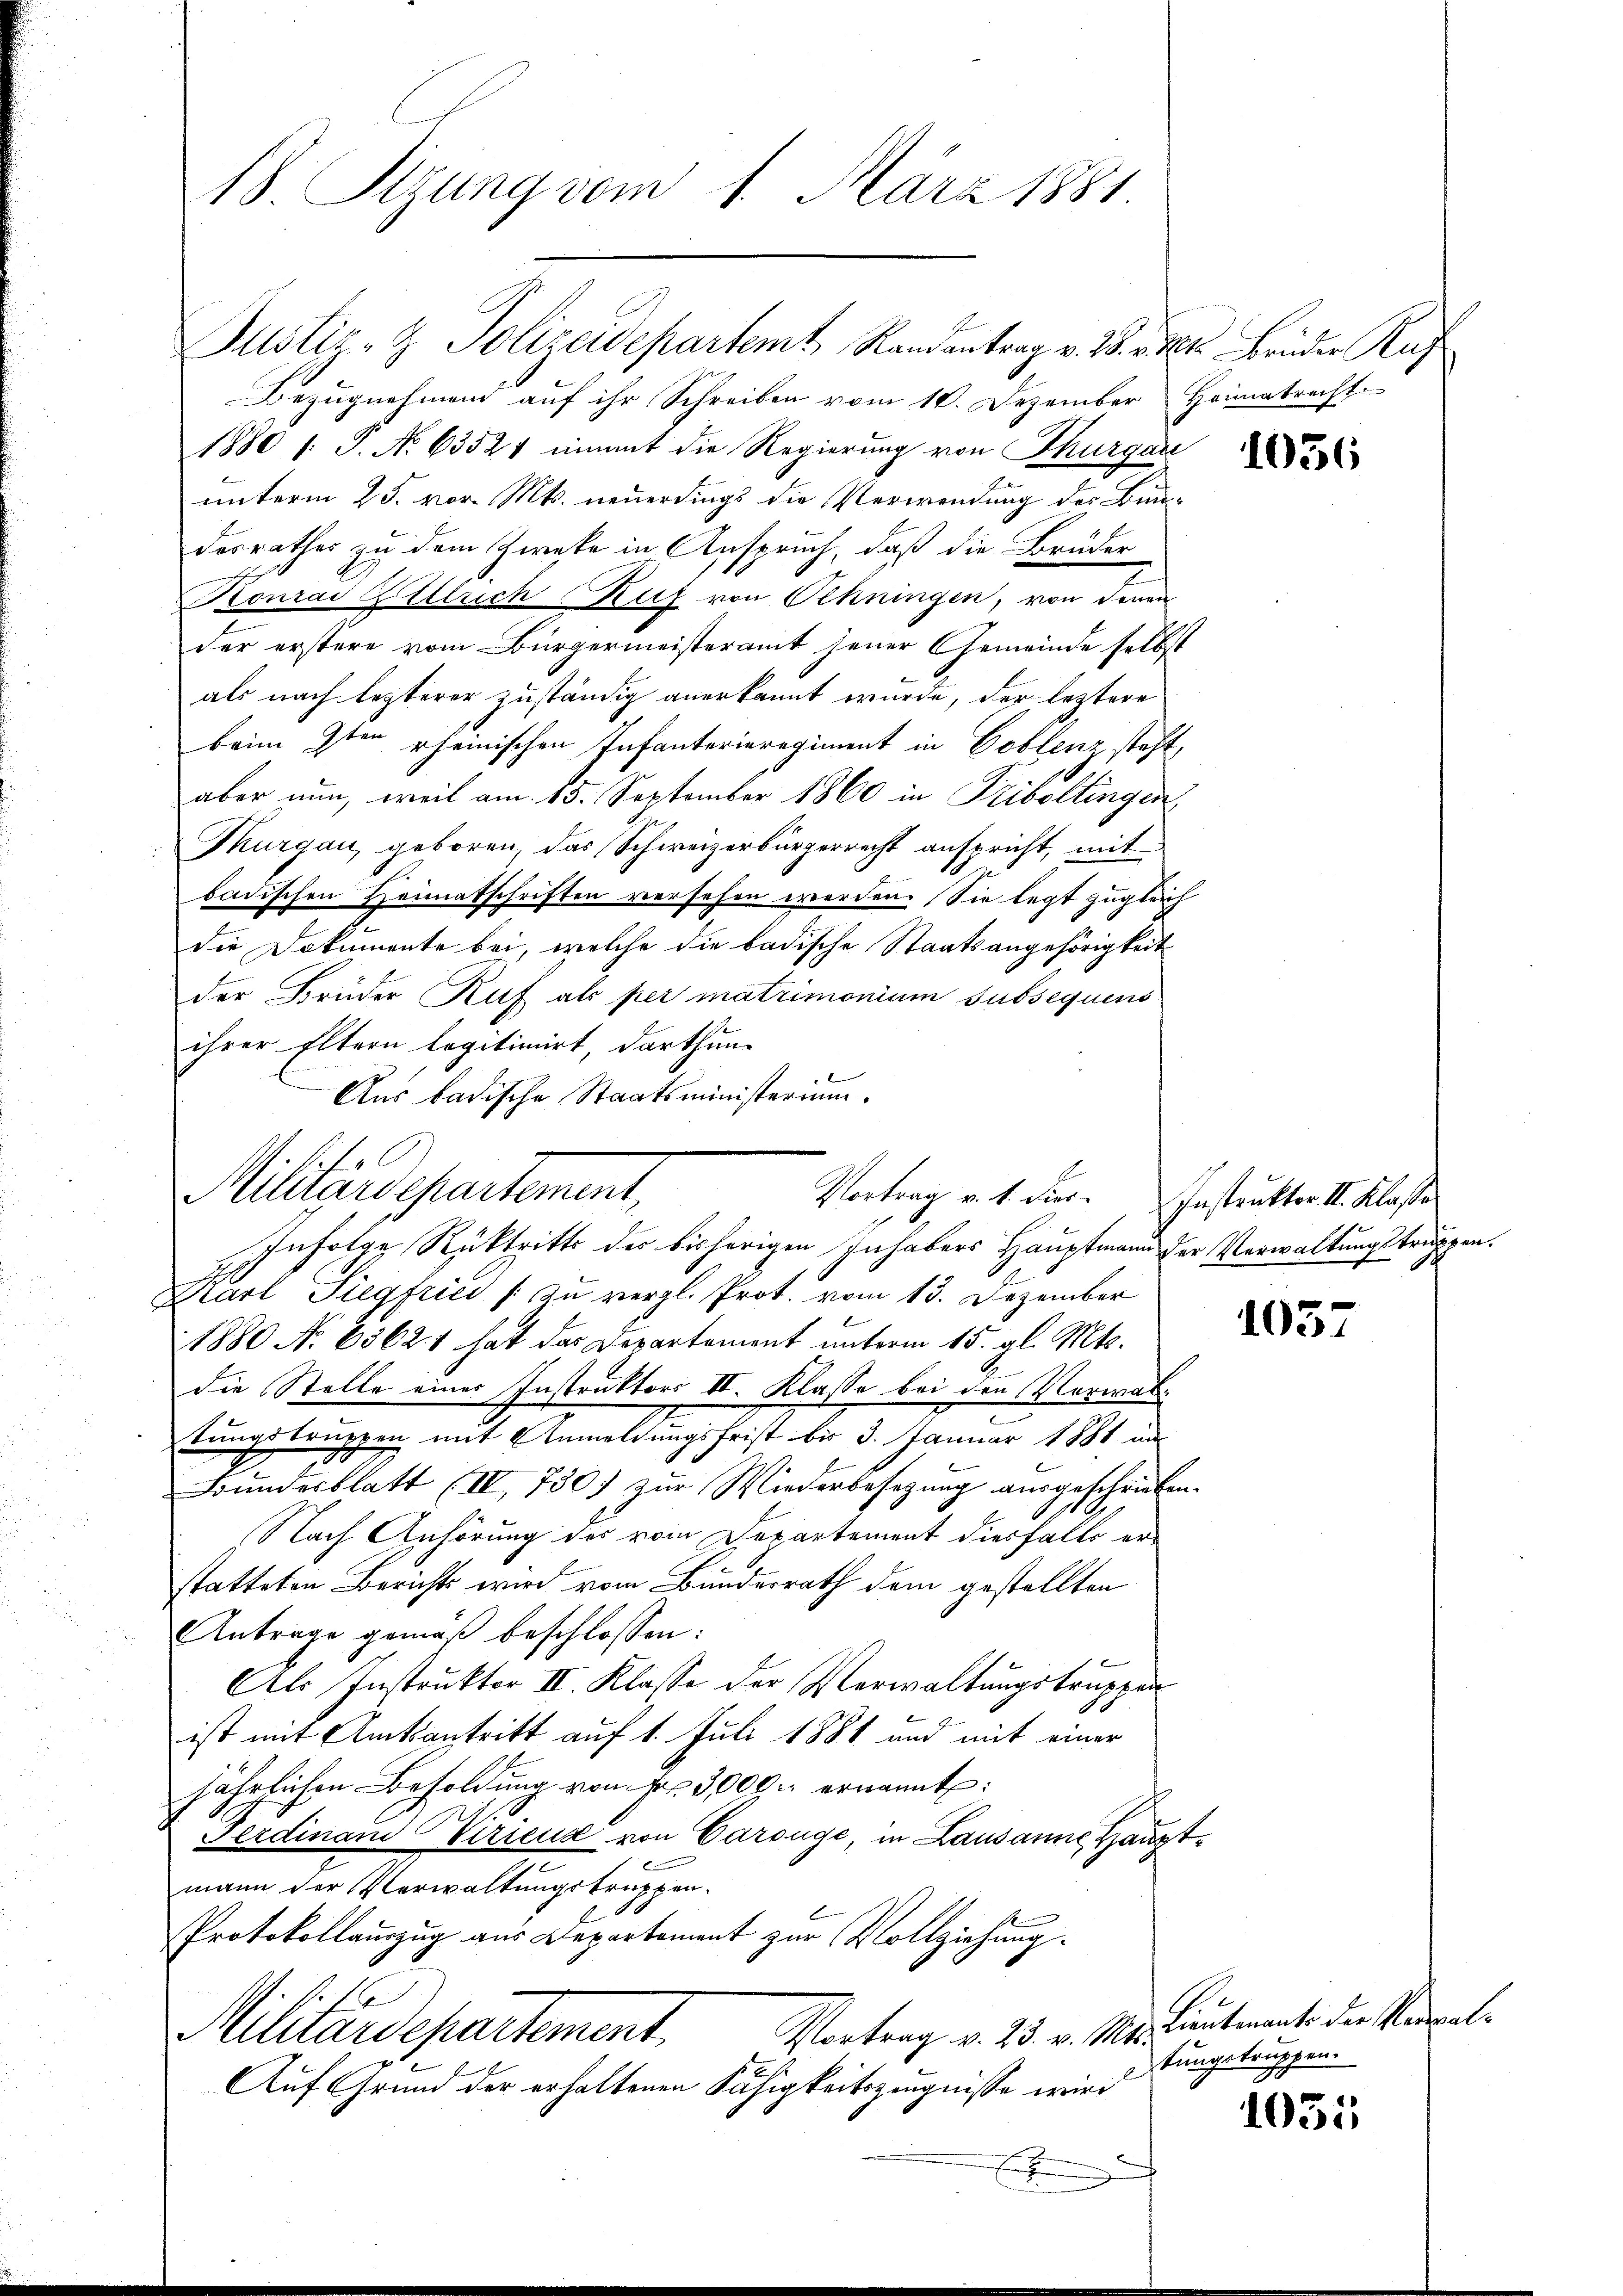
18. Stzung vom 1. März 1881.

1
Militärschartement,
Infolge Rücktritts des bisherigen Inhabers Hauptmann der Verwaltungstruppen¬

Justiz- & Polizeidepartemt Randantrag v. 28. v. Mts. Brüder Kas
Bezŭgnehmen auf ihr Schreiben vom 10. Dezember Heimatrecht.
1880 1: P. No 63527 eimmat die Regierung von Thurgau
unterm 25. vor. Mts. neuerdings die Verwendung des Bundesrathes zu dem Zweke in Anspruch, daß die Brüder
Konrad Ullrich Ruf von Olkningen, von denen
der erstere vom Bürgermeisteramt jener Gemeinde selbst
als nach lezterer zuständig anerkannt wurde, der leztere
beim 9ten rheinischen Infanterieregiment in Coblenz steht,
aber nun, weil am 15. September 1860 in Kiboltingen,
Thurgau, geboren, das Schweizerbürgerrecht anspricht, mit
badischen Heimatschriften versehen werden. Sie legt zugleich
die Dokumente bei, welche die badische Staatsangehörigkeit
der Brüder Ruf als per matrimonium subsequens
ihrer Eltern legitimirt, darthun
Aus badische Staatsministerium
Karl Siegfrici (zu vergl. Prot. vom 13. Dezember
1880 No 65621 hat das Departement unterm 15. gl. Mts.
die Stelle eines Instruktors II. Klasse bei den Verwaltungstruppen mit Anmeldungsfrist bis 3. Januar 1881 in
Bundesblatt (IV, 750 zur Wiederbesetzung ausgeschrieben.
Nach Anhörung des vom Departement diesfalls erstatteten Berichts wird vom Bundesrath dem gestellten
Anträge gemäß beschlossen:
b
Als Instruktor II. Klasse der Verwaltungstrupper
ist mit Amtsantritt auf 1. Juli 1881 und mit einer
jährlichen Besoldung von Fr. 3000 ernannt:
Ferdinand Viriend von Carsüge, in Lausanne Hauptmann der Verwaltungstruppen-
Protokollauszug aus Departement zur Vollziehung.
Militärdepartement.
Vortrag v. 25. v. Mts.
s
Auf Grund der erhaltenen Fähigkeitszeugnisse wird
E

Vortrag v. 1. Fier. Instruktor II. Klasse

Lieutnante der Neualtungstruppen.

1055